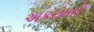
અકરામની